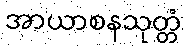
အာယာစနသုတ္တံ